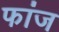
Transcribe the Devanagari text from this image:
फांज